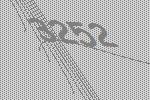
3252